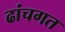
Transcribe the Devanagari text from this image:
ढांचगत